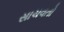
સાચવતો